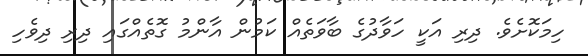
ހިމަކޮށެވެ. ދިރި އަކީ ހަވާދުގެ ބާވަތެއް ކަމުން އާންމު ގޮތެއްގައި ދިރި ދިވެހި